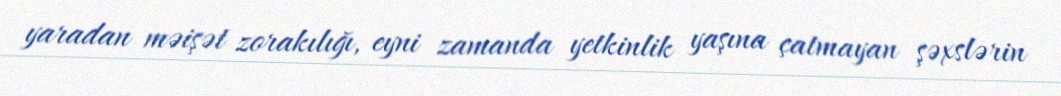
yaradan məişət zorakılığı, eyni zamanda yetkinlik yaşına çatmayan şəxslərin